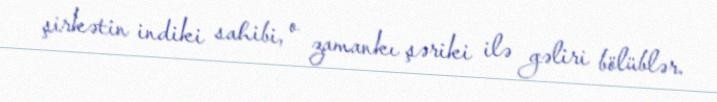
şirkətin indiki sahibi, o zamankı şəriki ilə gəliri bölüblər.